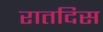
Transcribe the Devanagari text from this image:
रातदिस